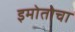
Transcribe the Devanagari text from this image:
इमोतोचा